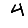
Digit: 4